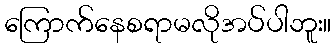
ကြောက်နေစရာမလိုအပ်ပါဘူး။